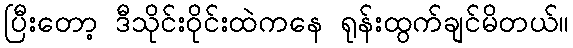
ပြီးတော့ ဒီသိုင်းဝိုင်းထဲကနေ ရုန်းထွက်ချင်မိတယ်။